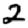
Digit: 2